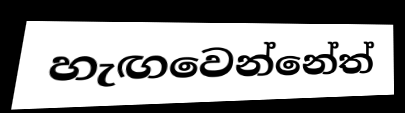
හැඟවෙන්නේත්